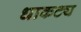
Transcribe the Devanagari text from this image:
धाकट्य